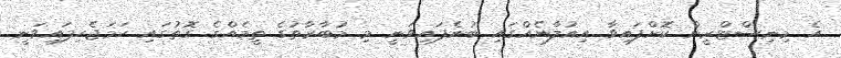
އެ މިނިސްޓްރީން ކޮށްފައިވާާ އިއުލާނެއްގައި ބުނެފައިވަނީ މި މުބާރާތުގެ ތީމެއްގެ ގޮތުގައި ހަމަޖެހިފައިވަނީ